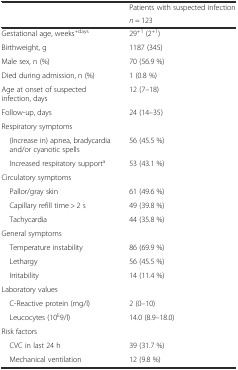
| <ROWSPAN=2>  | Patients with suspected infection |
 | n = 123 |
 | --- | --- |
 | Gestational age, weeks+days | 29+1 (2+1) |
 | Birthweight, g | 1187 (345) |
 | Male sex, n (%) | 70 (56.9 %) |
 | Died during admission, n (%) | 1 (0.8 %) |
 | Age at onset of suspected infection, days | 12 (7–18) |
 | Follow-up, days | 24 (14–35) |
 | <COLSPAN=2> Respiratory symptoms |
 | (Increase in) apnea, bradycardia and/or cyanotic spells | 56 (45.5 %) |
 | Increased respiratory supporta | 53 (43.1 %) |
 | <COLSPAN=2> Circulatory symptoms |
 | Pallor/gray skin | 61 (49.6 %) |
 | Capillary refill time > 2 s | 49 (39.8 %) |
 | Tachycardia | 44 (35.8 %) |
 | <COLSPAN=2> General symptoms |
 | Temperature instability | 86 (69.9 %) |
 | Lethargy | 56 (45.5 %) |
 | Irritability | 14 (11.4 %) |
 | <COLSPAN=2> Laboratory values |
 | C-Reactive protein (mg/l) | 2 (0–10) |
 | Leucocytes (10E9/l) | 14.0 (8.9–18.0) |
 | <COLSPAN=2> Risk factors |
 | CVC in last 24 h | 39 (31.7 %) |
 | Mechanical ventilation | 12 (9.8 %) |